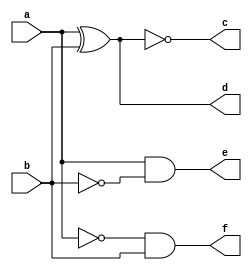
`timescale 1ns / 1ps
//////////////////////////////////////////////////////////////////////////////////
// Company: 
// Engineer: 
// 
// Design Name: 
// Module Name: One_Bit_Comp
// Project Name: 
// Target Devices: 
// Tool Versions: 
// Description: 
// 
// Dependencies: 
// 
// Revision:
// Revision 0.01 - File Created
// Additional Comments:
// 
//////////////////////////////////////////////////////////////////////////////////


module One_Bit_Comp(
    input a, b,
    output c, d, e, f
    );
    assign c = ~(a^b);
    assign d = a^b;
    assign e = a&(~b);
    assign f = (~a)&b;
endmodule